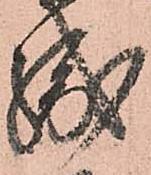
織